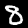
Label: 8